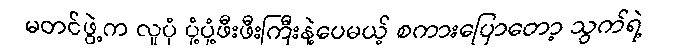
မတင်ဖွဲ့က လူပုံ ပုံ့ပုံ့ဖီးဖီးကြီးနဲ့ပေမယ့် စကားပြောတော့ သွက်ရဲ့